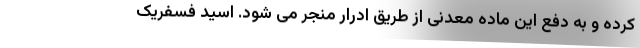
کرده و به دفع این ماده معدنی از طریق ادرار منجر می شود. اسید فسفریک